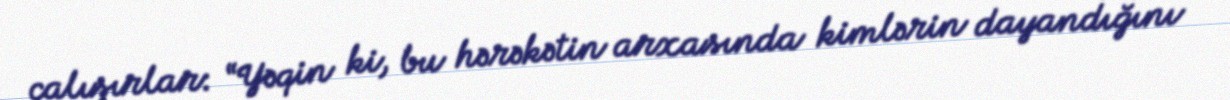
çalışırlar: “Yəqin ki, bu hərəkətin arxasında kimlərin dayandığını